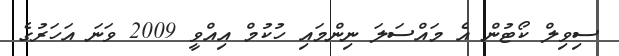
ސިވިލް ކޯޓުން އެ މައްސަލަ ނިންމައި ހުކުމް އިއްވީ 2009 ވަނަ އަހަރުގެ